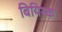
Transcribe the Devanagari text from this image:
बियिस्क